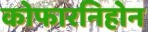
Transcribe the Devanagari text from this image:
कोफारनिहोन